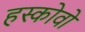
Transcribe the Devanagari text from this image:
हस्कोवो